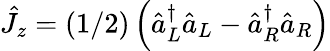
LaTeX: \hat{J}_{z}=(1/2)\left(\hat{a}_{L}^{\dagger}\hat{a}_{L}-\hat{a}_{R}^{\dagger}\hat{a}_{R}\right)